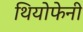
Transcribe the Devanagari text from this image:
थियोफेनी